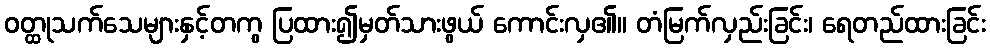
ဝတ္ထုသက်သေများနှင့်တကွ ပြထား၍မှတ်သားဖွယ် ကောင်းလှ၏။ တံမြက်လှည်းခြင်း၊ ရေတည်ထားခြင်း